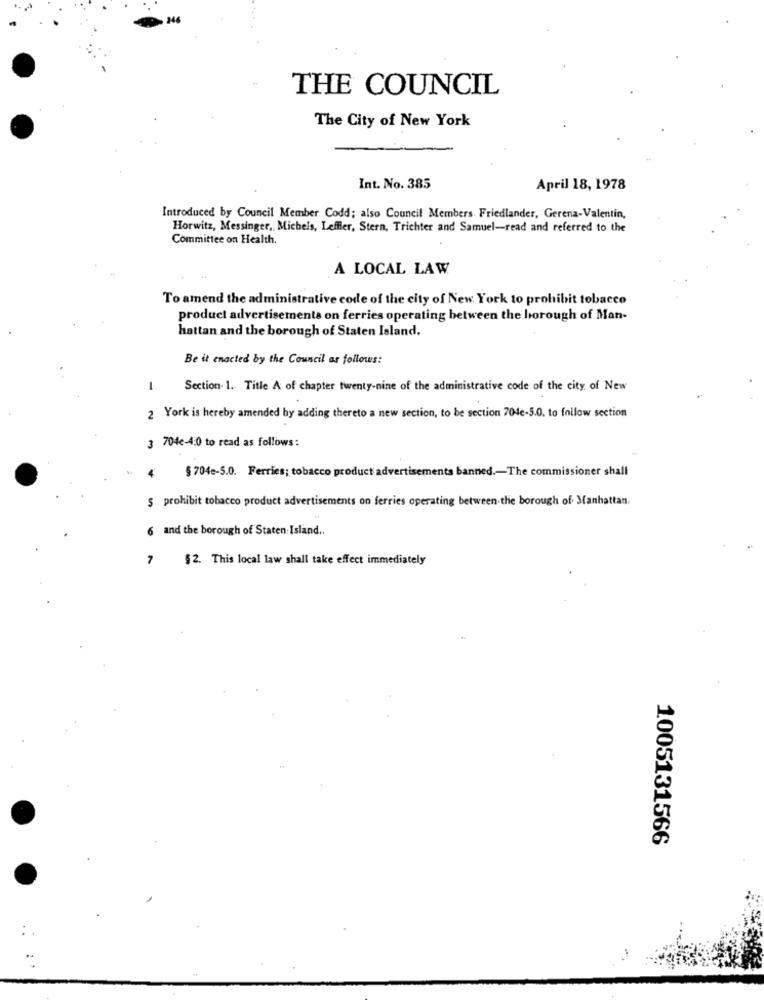
THE COUNCIL
The City of New York
Int. No. 385
April 18, 1978
Introduced by Council Member Codd; also Council Members Friedlander, Gerena-Valentin,
Horwitz, Messinger, Michels, Leffler, Stern, Trichter and Samuel-read and referred to the
Committee on Health.
A LOCAL LAW
To amend the administrative code of the city of New York to prohibit tobacco
product advertisements on ferries operating between the borough of Man-
hattan and the borough of Staten Island.
Be it enacted by the Council as follows:
1
Section 1. Title A of chapter twenty-nine of the administrative code of the city of New
2 York is hereby amended by adding thereto a new section, to be section 704c-5.0. to follow section
3 704e-4:0 to read as follows:
4
$ 704e-5.0. Ferries; tobacco product advertisements banned .- The commissioner shall
§ prohibit tobacco product advertisements on ferries operating between the borough of Manhattan.
6 and the borough of Staten Island ..
7
$2. This local law shall take effect immediately
1005131566